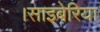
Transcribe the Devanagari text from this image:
।साइबेरिया